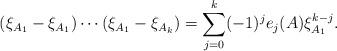
LaTeX: \begin{align*}(\xi_{A_1} - \xi_{A_1}) \cdots (\xi_{A_1} - \xi_{A_k}) = \sum_{j = 0}^{k}(-1)^{j}e_{j}(A)\xi_{A_1}^{k - j}.\end{align*}